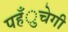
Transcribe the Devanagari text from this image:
पहँुचेगी